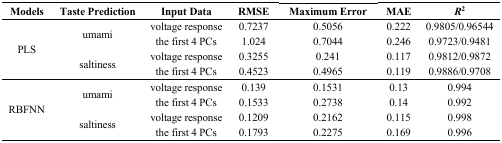
<table><thead><tr><td><b>Models</b></td><td><b>Taste Prediction</b></td><td><b>Input Data</b></td><td><b>RMSE</b></td><td><b>Maximum Error</b></td><td><b>MAE</b></td><td><b><i>R</i><sup>2</sup></b></td></tr></thead><tbody><tr><td rowspan="4">PLS</td><td rowspan="2">umami</td><td>voltage response</td><td>0.7237</td><td>0.5056</td><td>0.222</td><td>0.9805/0.96544</td></tr><tr><td>the first 4 PCs</td><td>1.024</td><td>0.7044</td><td>0.246</td><td>0.9723/0.9481</td></tr><tr><td rowspan="2">saltiness</td><td>voltage response</td><td>0.3255</td><td>0.241</td><td>0.117</td><td>0.9812/0.9872</td></tr><tr><td>the first 4 PCs</td><td>0.4523</td><td>0.4965</td><td>0.119</td><td>0.9886/0.9708</td></tr><tr><td rowspan="4">RBFNN</td><td rowspan="2">umami</td><td>voltage response</td><td>0.139</td><td>0.1531</td><td>0.13</td><td>0.994</td></tr><tr><td>the first 4 PCs</td><td>0.1533</td><td>0.2738</td><td>0.14</td><td>0.992</td></tr><tr><td rowspan="2">saltiness</td><td>voltage response</td><td>0.1209</td><td>0.2162</td><td>0.115</td><td>0.998</td></tr><tr><td>the first 4 PCs</td><td>0.1793</td><td>0.2275</td><td>0.169</td><td>0.996</td></tr></tbody></table>